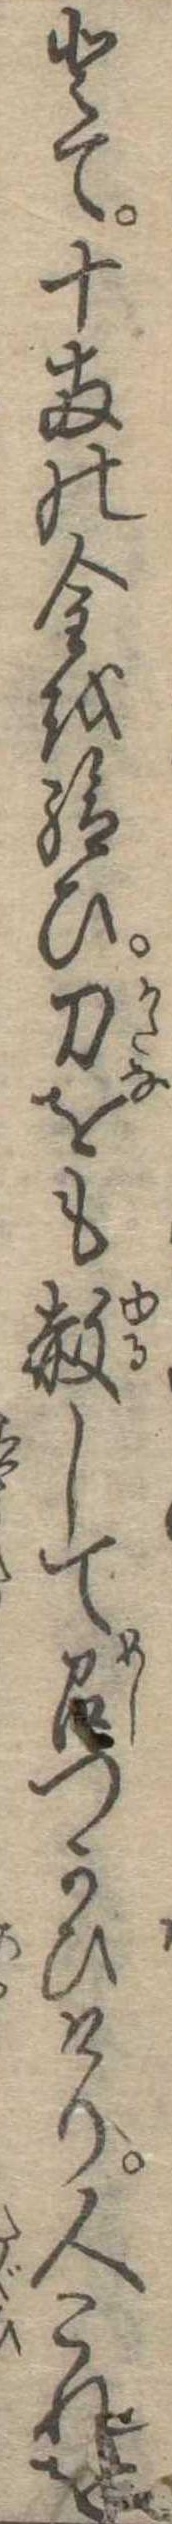
とて十両の金を給ひ刀をも赦して召つかひけり人これを